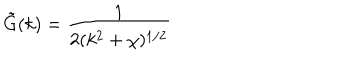
\tilde { G } ( k ) = { \frac { 1 } { 2 ( k ^ { 2 } + \chi ) ^ { 1 / 2 } } }